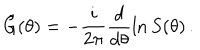
\tilde { G } ( \theta ) = - \frac { i } { 2 \pi } \frac { d } { d \theta } \ln S ( \theta ) \, .